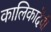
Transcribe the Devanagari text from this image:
कालिकादेवी